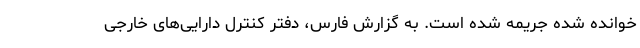
خوانده شده جریمه شده است. به گزارش فارس، دفتر کنترل دارایی‌های خارجی